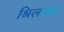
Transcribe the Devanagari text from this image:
श्रिलन्का